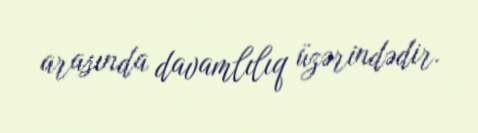
arasında davamlılıq üzərindədir.